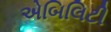
એબિલિટી